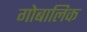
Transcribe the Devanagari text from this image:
गोबालिक